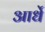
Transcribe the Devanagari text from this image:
आर्धे